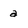
Character: a